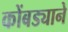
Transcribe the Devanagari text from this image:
कोंबड्याने